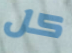
كل